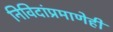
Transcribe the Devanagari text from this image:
निविदांप्रमाणेही